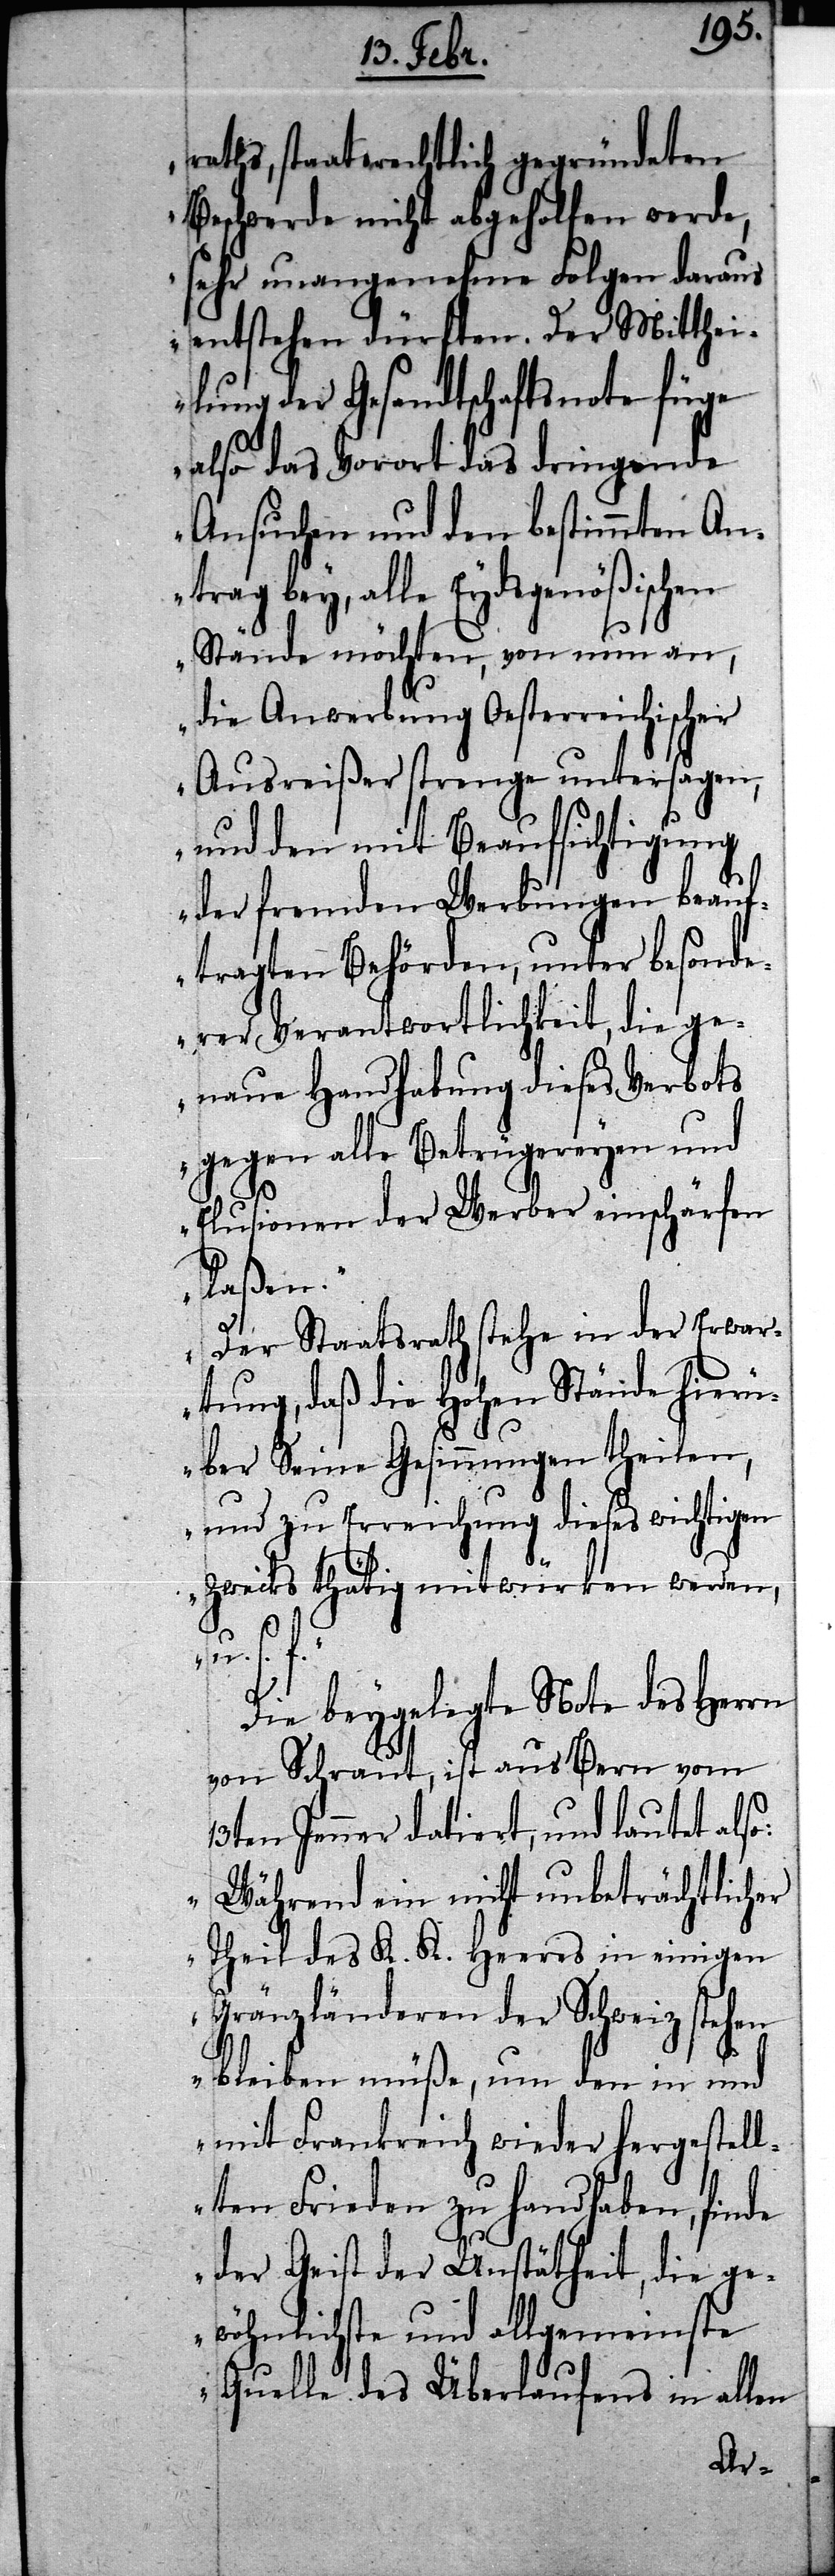
raths, staaterechtlich gegründeten
Beschwerde nicht abgeholfen werde,
sehr unangenehme Folgen daraus
entstehen dürften. Der Mitthei¬
lung der Gesandtschaftsnote füge
also das Vorort das dringende
Ansuchen und den bestimmten An¬
trag bey, alle Eydsgenößischen
Stände möchten, von nun an,
die Anwerbung Oesterreichischer
Ausreißer strenge untersagen,
und den mit Beaufsichtigung
der fremden Werbungen beauf¬
tragten Behörden, unter besonde¬
rer Verantwortlichkeit, die ge¬
naue Handhabung dieses Verbotes
gegen alle Betrügereyen und
Elusionen der Werber einschärfen
laßen.
Der Staatsrath stehe in der Erwar¬
tung, daß die Hohen Stände hierü¬
ber Seine Gesinnungen theilen,
und zu Erreichung dieses wichtigen
Zwecks thätig mitwürken werden,
u. s.
Die beygelegte Note des Herrn
von Schraut, ist aus Bern vom
13ten Jenner datiert, und lautet also:
„Während ein nicht unbeträchtlicher
Theil des K. K. Heeres in einigen
Gränzländeren der Schweiz stehen
bleiben müße, um den in und
mit Frankreich wieder hergestell¬
ten Frieden zu handhaben, finde
der Geist der Unstätheit, die ge¬
wöhnlichste und allgemeinste
Quelle des Überlaufens in allen